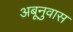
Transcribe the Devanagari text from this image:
अबूनुवास